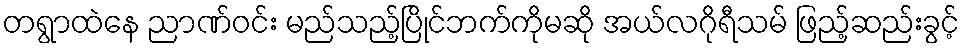
တရွာထဲနေ ညာဏ်ဝင်း မည်သည့်ပြိုင်ဘက်ကိုမဆို အယ်လဂိုရီသမ် ဖြည့်ဆည်းခွင့်